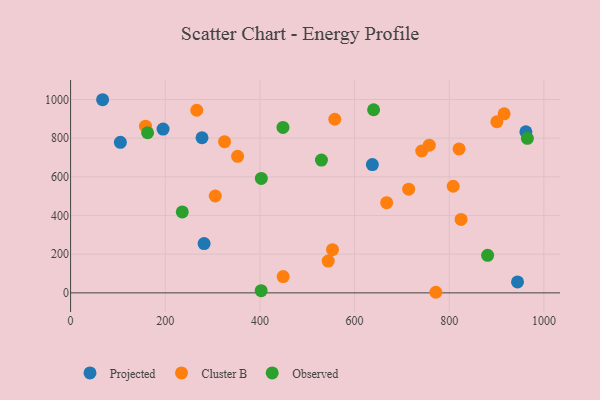
{"axis": {"x": "Investment", "y": "Exam Score"}, "legend": ["Cluster B", "Observed", "Projected"], "data": [{"x": "944.3", "y": 56.4, "type": "Projected"}, {"x": "282.1", "y": 255.1, "type": "Projected"}, {"x": "961.9", "y": 833.1, "type": "Projected"}, {"x": "277.7", "y": 802.2, "type": "Projected"}, {"x": "637.6", "y": 663.7, "type": "Projected"}, {"x": "67.7", "y": 999.0, "type": "Projected"}, {"x": "105.2", "y": 778.8, "type": "Projected"}, {"x": "195.4", "y": 847.0, "type": "Projected"}, {"x": "714.3", "y": 536.6, "type": "Cluster B"}, {"x": "757.9", "y": 763.8, "type": "Cluster B"}, {"x": "667.8", "y": 466.7, "type": "Cluster B"}, {"x": "900.6", "y": 885.0, "type": "Cluster B"}, {"x": "808.4", "y": 551.4, "type": "Cluster B"}, {"x": "158.3", "y": 862.3, "type": "Cluster B"}, {"x": "544.3", "y": 164.3, "type": "Cluster B"}, {"x": "305.7", "y": 501.1, "type": "Cluster B"}, {"x": "825.0", "y": 379.9, "type": "Cluster B"}, {"x": "352.9", "y": 706.2, "type": "Cluster B"}, {"x": "916.0", "y": 926.0, "type": "Cluster B"}, {"x": "449.1", "y": 84.1, "type": "Cluster B"}, {"x": "558.2", "y": 898.0, "type": "Cluster B"}, {"x": "266.6", "y": 944.5, "type": "Cluster B"}, {"x": "820.8", "y": 744.7, "type": "Cluster B"}, {"x": "741.9", "y": 733.7, "type": "Cluster B"}, {"x": "771.7", "y": 3.1, "type": "Cluster B"}, {"x": "325.3", "y": 782.1, "type": "Cluster B"}, {"x": "553.4", "y": 223.3, "type": "Cluster B"}, {"x": "881.1", "y": 194.3, "type": "Observed"}, {"x": "402.7", "y": 11.5, "type": "Observed"}, {"x": "640.2", "y": 947.2, "type": "Observed"}, {"x": "448.7", "y": 855.8, "type": "Observed"}, {"x": "403.0", "y": 591.9, "type": "Observed"}, {"x": "162.7", "y": 828.2, "type": "Observed"}, {"x": "530.0", "y": 686.7, "type": "Observed"}, {"x": "236.0", "y": 418.7, "type": "Observed"}, {"x": "965.1", "y": 799.3, "type": "Observed"}]}